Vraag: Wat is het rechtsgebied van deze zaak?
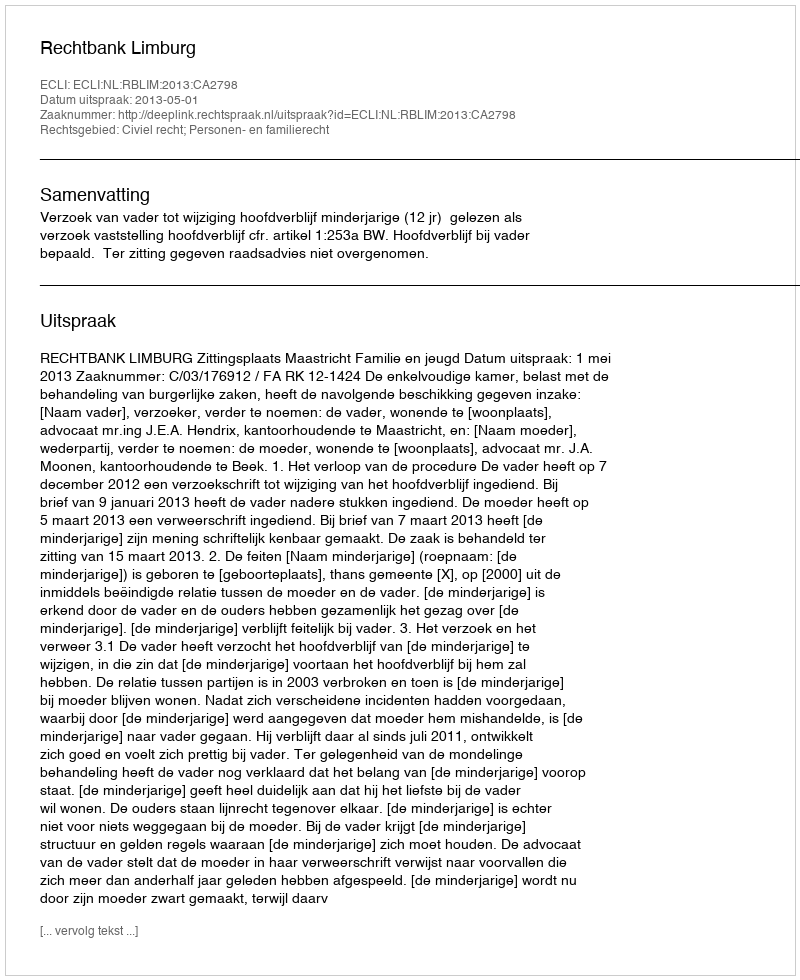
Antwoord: Civiel recht; Personen- en familierecht